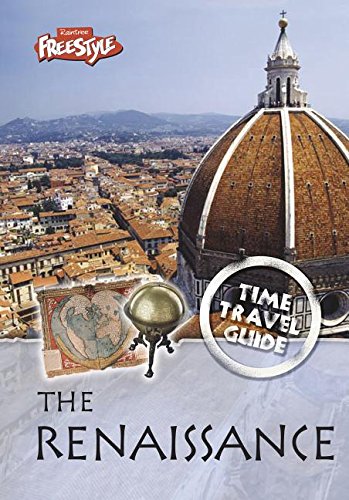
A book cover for The Renaissance (Time Travel Guides); Anna Claybourne; Children's Books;